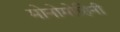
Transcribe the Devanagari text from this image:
मोनोमोहिनी